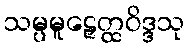
သမ္ပမူဠှေတ္ထဝိဒ္ဒသု